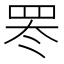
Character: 𬙛